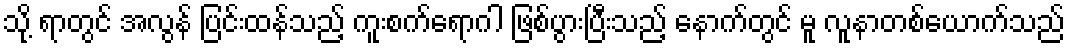
သို့ ရာတွင် အလွန် ပြင်းထန်သည့် ကူးစက်ရောဂါ ဖြစ်ပွားပြီးသည့် နောက်တွင် မူ လူနာတစ်ယောက်သည်